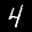
Label: 4